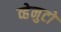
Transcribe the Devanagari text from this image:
व्हेनुटो